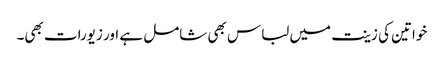
خواتین کی زینت میں لباس بھی شامل ہے اور زیورات بھی۔